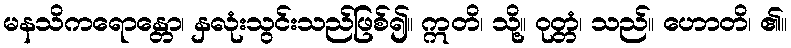
မနသိကရောန္တော၊ နှလုံးသွင်းသည်ဖြစ်၍။ ဣတိ၊ သို့။ ဝုတ္တံ၊ သည်။ ဟောတိ၊ ၏။